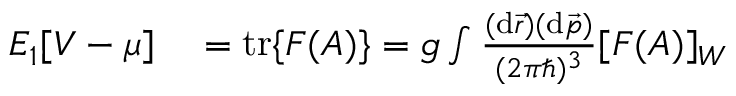
\begin{array} { r l } { E _ { 1 } [ V - \mu ] } & { { } = \mathrm { t r } \{ F ( A ) \} = g \int \frac { ( \mathrm { d } \vec { r } ) ( \mathrm { d } \vec { p } ) } { ( 2 \pi \hbar ) ^ { 3 } } [ F ( A ) ] _ { W } } \end{array}